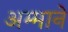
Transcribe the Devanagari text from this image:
अम्माने